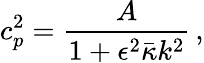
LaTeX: c_{p}^{2}={\frac{A}{1+\epsilon^{2}\bar{\kappa}k^{2}}}\, ,